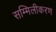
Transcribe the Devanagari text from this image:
सम्मिलीकरण